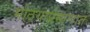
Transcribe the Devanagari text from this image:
मोठयाप्रमाणात